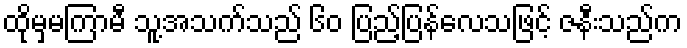
ထိုမှမကြာမီ သူ့အသက်သည် ၆၀ ပြည့်ပြန်လေသဖြင့် ဇနီးသည်က